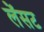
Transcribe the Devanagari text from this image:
लेंसट